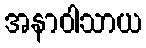
အနာဝါသာယ